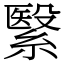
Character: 繄